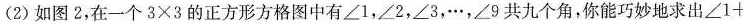
(2)如图2，在一个$$3\times 3$$的正方形方格图中有\angle 1，\angle 2，\angle 3，…，\angle 9共九个角，你能巧妙地求出\angle 1+